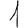
Digit: 1